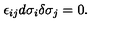
\epsilon _ { i j } d \sigma _ { i } \delta \sigma _ { j } = 0 .